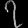
Digit: ၇